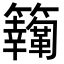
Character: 𩍸